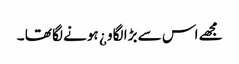
مجھے اس سے بڑا لگاو ¿ ہونے لگا تھا ۔